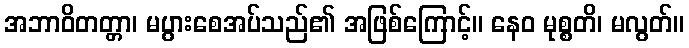
အဘာဝိတတ္တာ၊ မပွားစေအပ်သည်၏ အဖြစ်ကြောင့်။ နေဝ မုစ္စတိ၊ မလွတ်။